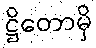
ဋ္ဌိတောမှိ